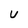
Character: U